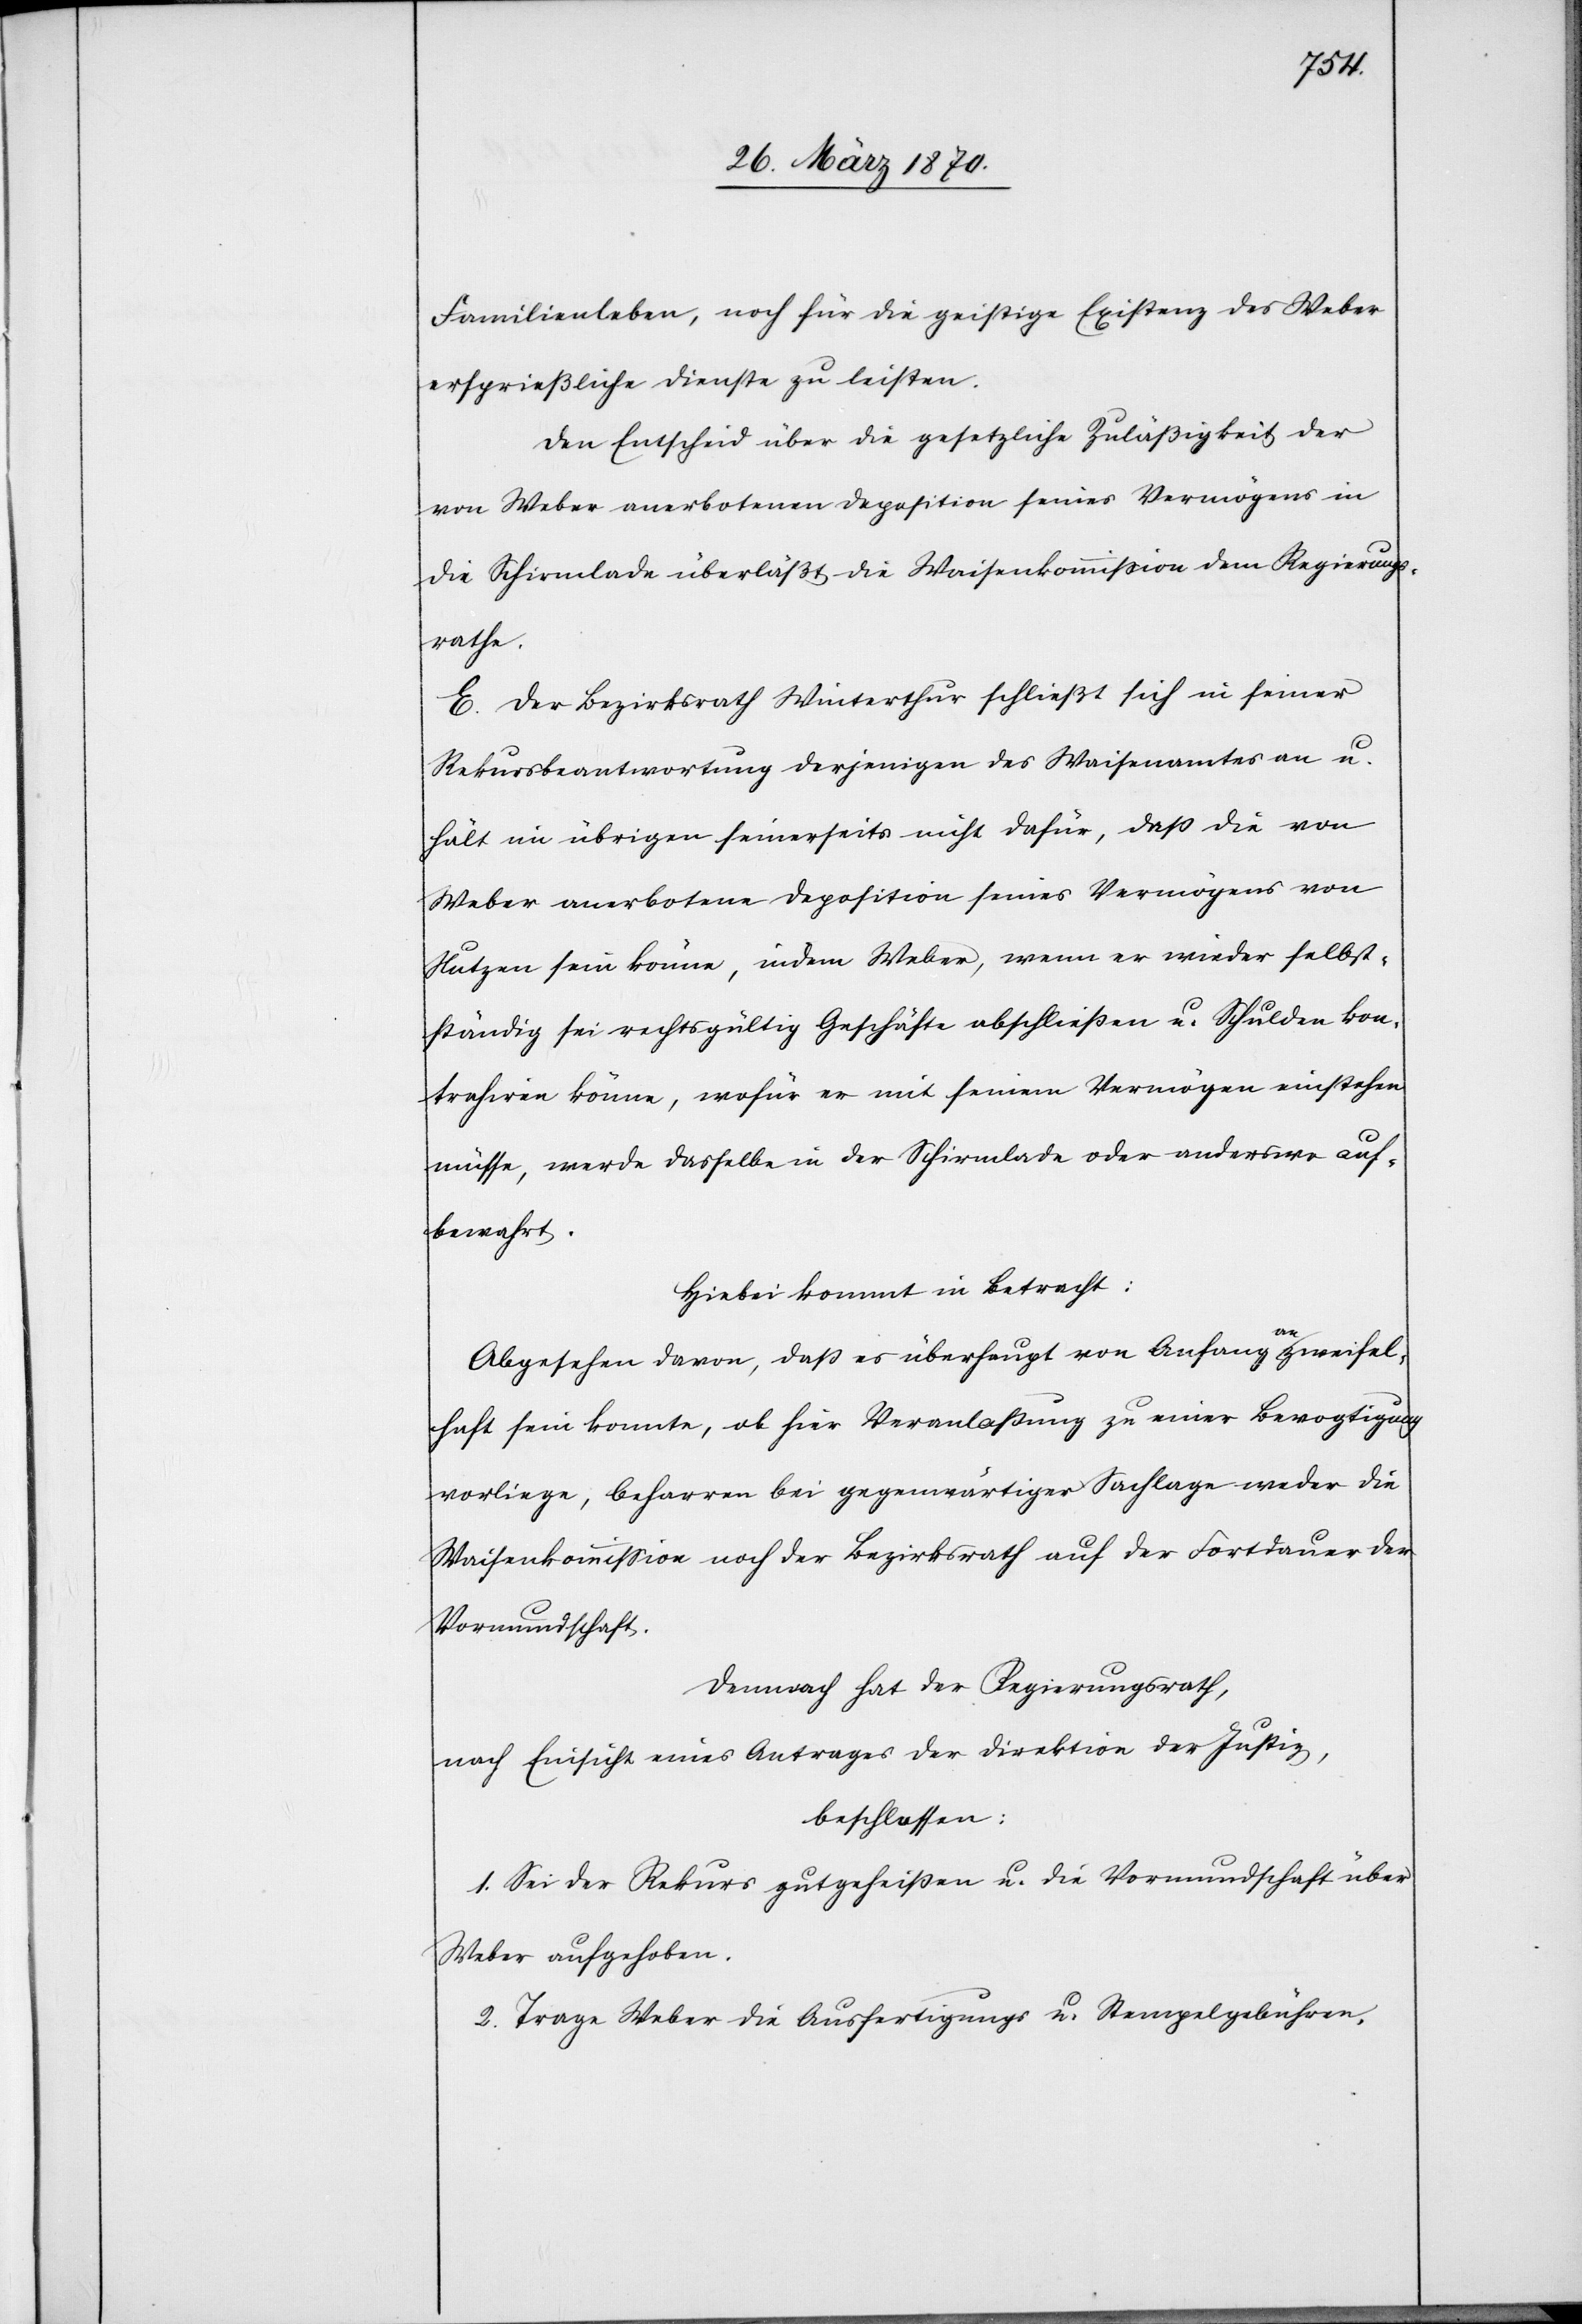
Familienleben [sic!], noch für die geistige Existenz des Weber
ersprießliche Dienste zu leisten.
Den Entscheid über die gesetzliche Zuläßigkeit der
von Weber anerbotenen Deposition seines Vermögens in
die Schirmlade überläßt die Waisenkommission dem Regierungs¬
rathe.
E. Der Bezirksrath Winterthur schließt sich in seiner
Rekursbeantwortung derjenigen des Waisenamtes an
hält im übrigen seinerseits nicht dafür, daß die von
Weber anerbotene Deposition seines Vermögens von
Nutzen sein könne, indem Weber, wenn er wieder selbs¬
tändig sei rechtsgültig Geschäfte abschließen u. Schulden kon¬
trahiren könne, wofür er mit seinem Vermögen einstehen
müsse, werde dasselbe in der Schirmlade oder anderswo auf¬
bewahrt.
Hiebei kommt in Betracht:
Abgesehen davon, daß es überhaupt von Anfang a-an-a zweifel¬
haft sein konnte, ob hier Veranlaßung zu einer Bevogtigung
vorliege, beharren bei gegenwärtiger Sachlage weder die
Waisenkommission noch der Bezirksrath auf der Fortdauer der
Vormundschaft.
Demnach hat der Regierungsrath,
nach Einsicht eines Antrages der Direktion der Justiz,
beschlossen:
1. Sei der Rekurs gutgeheißen u. die Vormundschaft über
Weber aufgehoben.
2. Trage Weber die Ausfertigungs[-] u. Stempelgebühren,